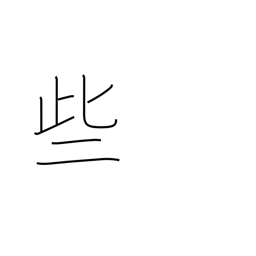
Meaning: sometimes